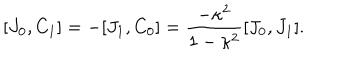
[ J _ { 0 } , C _ { 1 } ] = - [ J _ { 1 } , C _ { 0 } ] = { \frac { - \kappa ^ { 2 } } { 1 - \kappa ^ { 2 } } } [ J _ { 0 } , J _ { 1 } ] .